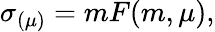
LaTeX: \sigma_{(\mu)}=mF(m,\mu),